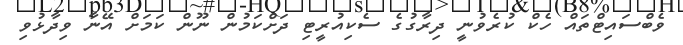
ވެބްސައިޓްތައް ހެކް ކުރެވުނީ ދިރާގުގެ ސެކިއުރީޓި ދަށްކަމުން ނޫން ކަމަށް އޭނާ ވިދާޅުވި